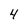
Character: 4